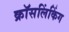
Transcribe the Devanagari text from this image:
क्रॉसलिंकिंग